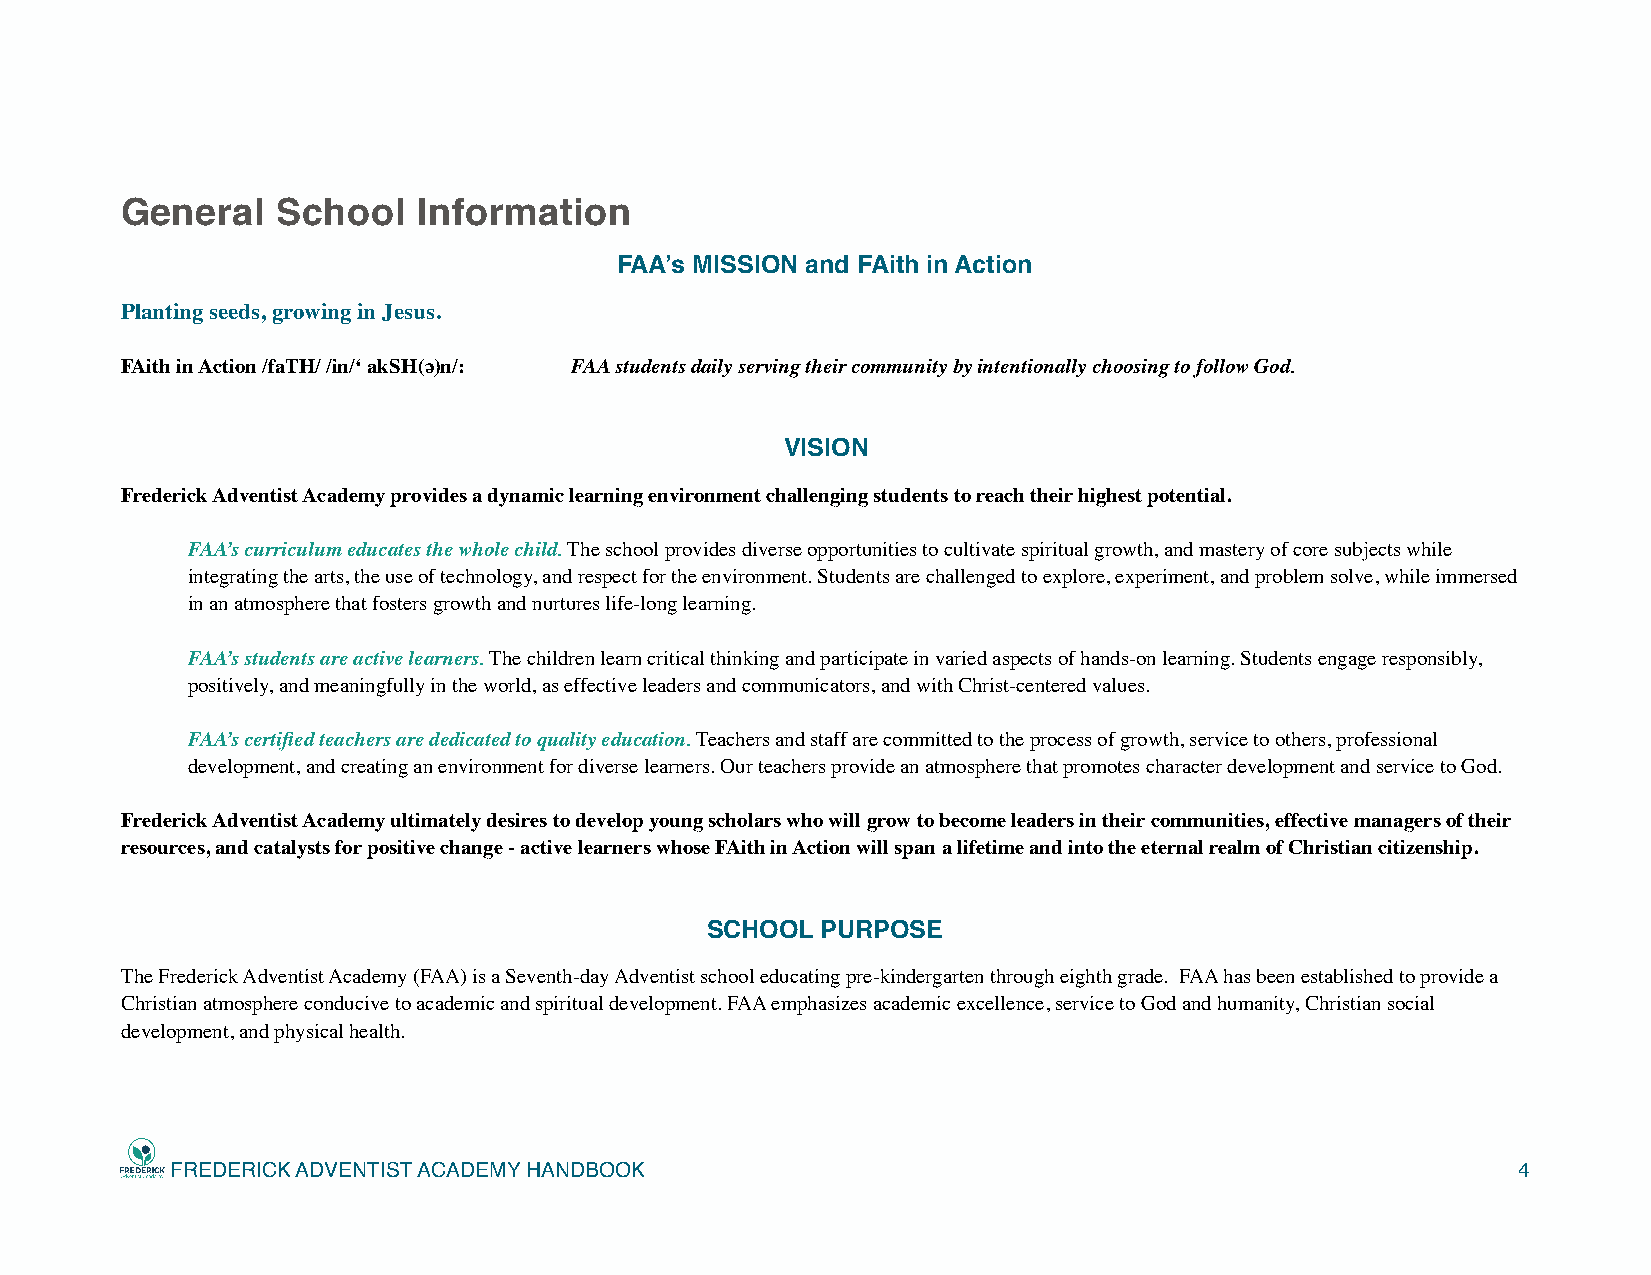
General   School    Information
 FAA’s MISSION and FAith in Action
 Planting seeds, growing in Jesus.
 FAith in Action /faTH/ /in/‘ akSH(ə)n/: FAA students daily serving their community by intentionally choosing to follow God.
 VISION
 Frederick Adventist Academy provides a dynamic learning environment challenging students to reach their highest potential.
 FAA’s curriculum educates the whole child. The school provides diverse opportunities to cultivate spiritual growth, and mastery of core subjects while
 integrating the arts, the use of technology, and respect for the environment. Students are challenged to explore, experiment, and problem solve, while immersed
 in an atmosphere that fosters growth and nurtures life-long learning.
 FAA’s students are active learners. The children learn critical thinking and participate in varied aspects of hands-on learning. Students engage responsibly,
 positively, and meaningfully in the world, as effective leaders and communicators, and with Christ-centered values.
 FAA’s certified teachers are dedicated to quality education. Teachers and staff are committed to the process of growth, service to others, professional
 development, and creating an environment for diverse learners. Our teachers provide an atmosphere that promotes character development and service to God.
 Frederick Adventist Academy ultimately desires to develop young scholars who will grow to become leaders in their communities, effective managers of their
 resources, and catalysts for positive change - active learners whose FAith in Action will span a lifetime and into the eternal realm of Christian citizenship.
 SCHOOL PURPOSE
 The Frederick Adventist Academy (FAA) is a Seventh-day Adventist school educating pre-kindergarten through eighth grade. FAA has been established to provide a
 Christian atmosphere conducive to academic and spiritual development. FAA emphasizes academic excellence, service to God and humanity, Christian social
 development, and physical health.
 FREDERICK ADVENTIST ACADEMY HANDBOOK                                                     4